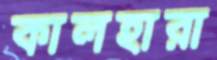
কালহারা